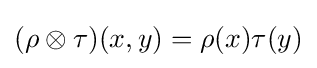
(\rho \otimes \tau )(x,y)=\rho (x)\tau (y)